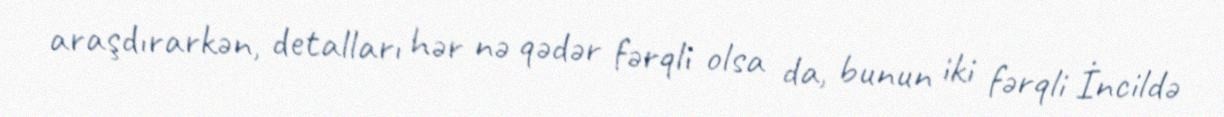
araşdırarkən, detalları hər nə qədər fərqli olsa da, bunun iki fərqli İncildə